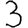
Digit: 3